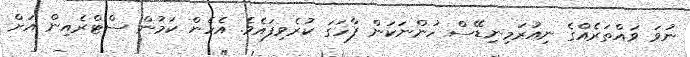
ނުވަ ވައްތަރެއްގެ ނިއުރަމިނިޑޭސް ހުންނަކަން ފާހަގަ ކުރެވިފައެވެ. އެހެން ކަމުން ސްޓްރެއިން އަށް